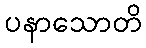
ပနာသောတိ